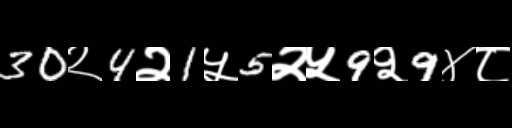
Text: 30२4२1५5२५9२9४८